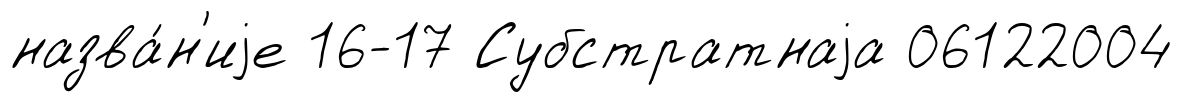
назва́н'иjе 16-17 Субстратнаjа 06122004